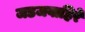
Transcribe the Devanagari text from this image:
जडजवाहिरे